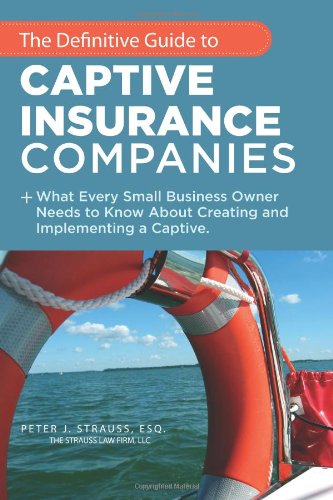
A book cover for The Definitive Guide To Captive Insurance Companies: What Every Small Business Owner Needs To Know About Creating And Implementing A Captive; Peter J. Strauss J.D.; Business & Money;